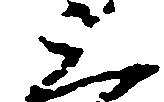
上